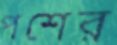
পশের